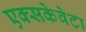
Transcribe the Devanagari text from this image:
एक्सकेवेटा